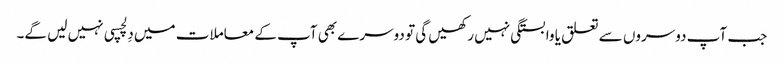
جب آپ دوسروں سے تعلق یا وابستگی نہیں رکھیں گی تو دوسرے بھی آپ کے معاملات میں دِلچسپی نہیں لیں گے۔